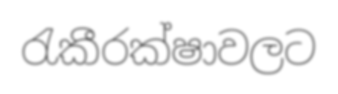
රැකීරක්ෂාවලට